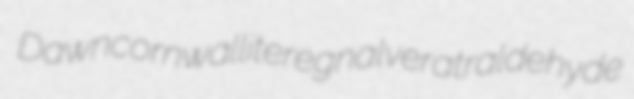
Dawn cornwallite regnal veratraldehyde